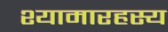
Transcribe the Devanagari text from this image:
श्यामारहस्य